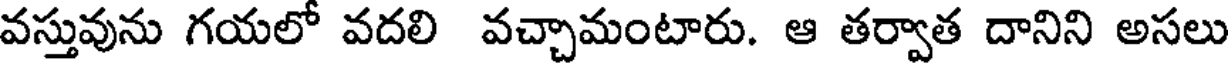
వస్తువును గయలో వదలి వచ్చామంటారు. ఆ తర్వాత దానిని అసలు